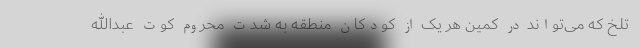
تلخ که می‌تواند در کمین هر یک از کودکان منطقه به شدت محروم کوت عبدالله